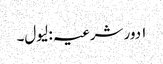
۱ دور شرعیہ : لیول۔